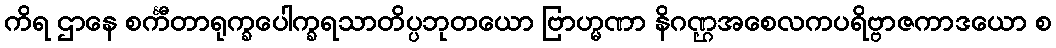
ကိရ ဌာနေ စင်္ကီတာရုက္ခပေါက္ခရသာတိပ္ပဘုတယော ဗြာဟ္မဏာ နိဂဏ္ဌအစေလကပရိဗ္ဗာဇကာဒယော စ